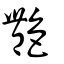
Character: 艶